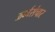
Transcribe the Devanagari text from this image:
ऊर्ध्वसंचार